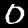
Label: 0